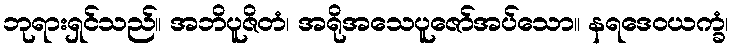
ဘုရားရှင်သည်။ အဘိပူဇိတံ၊ အရိုအသေပူဇော်အပ်သော။ နရဒေဝယက္ခံ၊